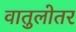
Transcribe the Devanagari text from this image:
वातुलोतर